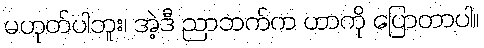
မဟုတ်ပါဘူး၊ အဲ့ဒီ ညာဘက်က ဟာကို ပြောတာပါ။